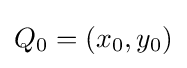
Q_{0}=(x_{0},y_{0})